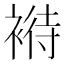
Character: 𧛶